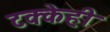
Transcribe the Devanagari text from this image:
टक्केही